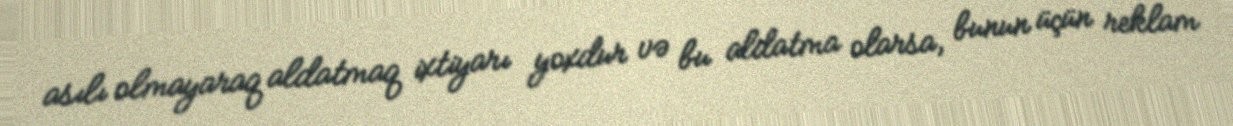
asılı olmayaraq aldatmaq ixtiyarı yoxdur və bu aldatma olarsa, bunun üçün reklam